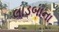
લાડબાના